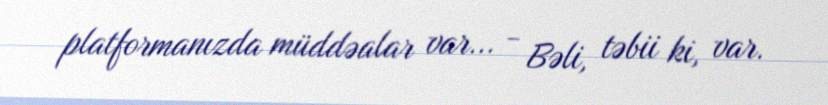
platformanızda müddəalar var... - Bəli, təbii ki, var.